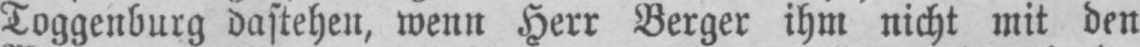
Toggenburg dastehen, wenn Herr Berger ihm nicht mit den